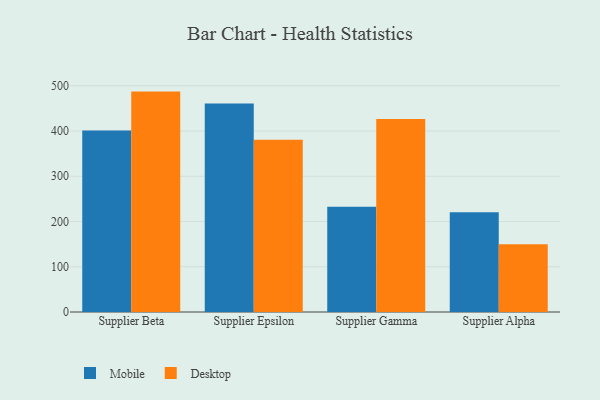
{"axis": {"x": "Supplier", "y": "Active Users"}, "legend": ["Desktop", "Mobile"], "data": [{"x": "Supplier Beta", "y": 401.1, "type": "Mobile"}, {"x": "Supplier Beta", "y": 487.1, "type": "Desktop"}, {"x": "Supplier Epsilon", "y": 460.7, "type": "Mobile"}, {"x": "Supplier Epsilon", "y": 380.8, "type": "Desktop"}, {"x": "Supplier Gamma", "y": 232.5, "type": "Mobile"}, {"x": "Supplier Gamma", "y": 426.6, "type": "Desktop"}, {"x": "Supplier Alpha", "y": 220.2, "type": "Mobile"}, {"x": "Supplier Alpha", "y": 150.0, "type": "Desktop"}]}